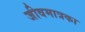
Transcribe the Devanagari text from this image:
जीवमात्रका